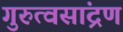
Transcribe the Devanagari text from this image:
गुरुत्वसांद्रण